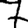
Digit: 7